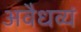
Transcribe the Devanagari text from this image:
अवैधव्यं